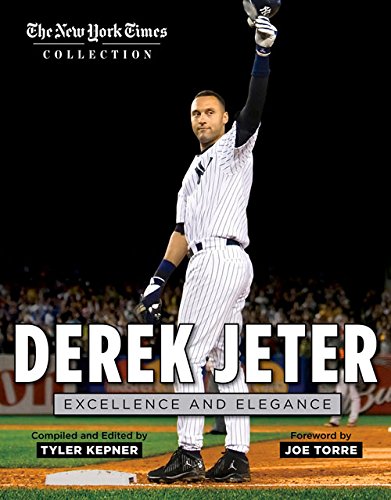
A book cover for Derek Jeter: Excellence and Elegance (The New York Times Collection); The New York Times; Sports & Outdoors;